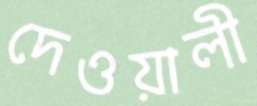
দেওয়ালী